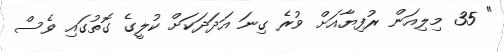
" 35 މިލިއަން ރުފިޔާއަށް ވުރެ ގިނަ އަދަދަކަށް ކުލީގެ ގޮތުގައި ވެސް